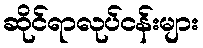
ဆိုင်ရာလုပ်ငန်းများ